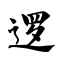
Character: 逻